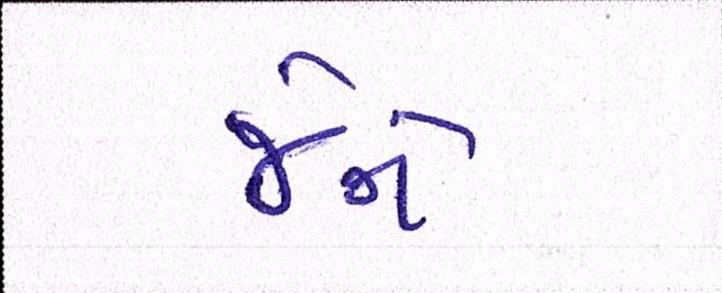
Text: જેને